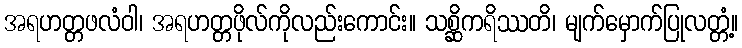
အရဟတ္တဖလံဝါ၊ အရဟတ္တဖိုလ်ကိုလည်းကောင်း။ သစ္ဆိကရိဿတိ၊ မျက်မှောက်ပြုလတ္တံ့။